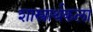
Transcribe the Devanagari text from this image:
शास्त्रार्थकला